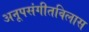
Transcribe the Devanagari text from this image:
अनूपसंगीतविलास